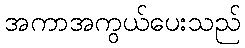
အကာအကွယ်ပေးသည်